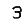
Digit: 3